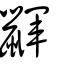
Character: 鼲